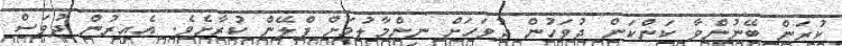
ކުރަން ބޭނުންވާ ކަންކަން ދުވަހުން ދުވަހަށް ނިންމާލުމަށް ޕްލޭން ކުރާށެވެ. އެއިރުން ދުވަސް